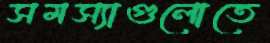
সমস্যাগুলোতে